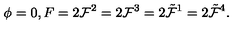
\phi = 0 , F = 2 { \cal F } ^ { 2 } = 2 { \cal F } ^ { 3 } = 2 \tilde { \cal F } ^ { 1 } = 2 \tilde { \cal F } ^ { 4 } .